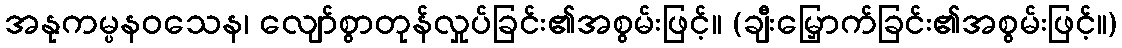
အနုကမ္ပနဝသေန၊ လျော်စွာတုန်လှုပ်ခြင်း၏အစွမ်းဖြင့်။ (ချီးမြှောက်ခြင်း၏အစွမ်းဖြင့်။)